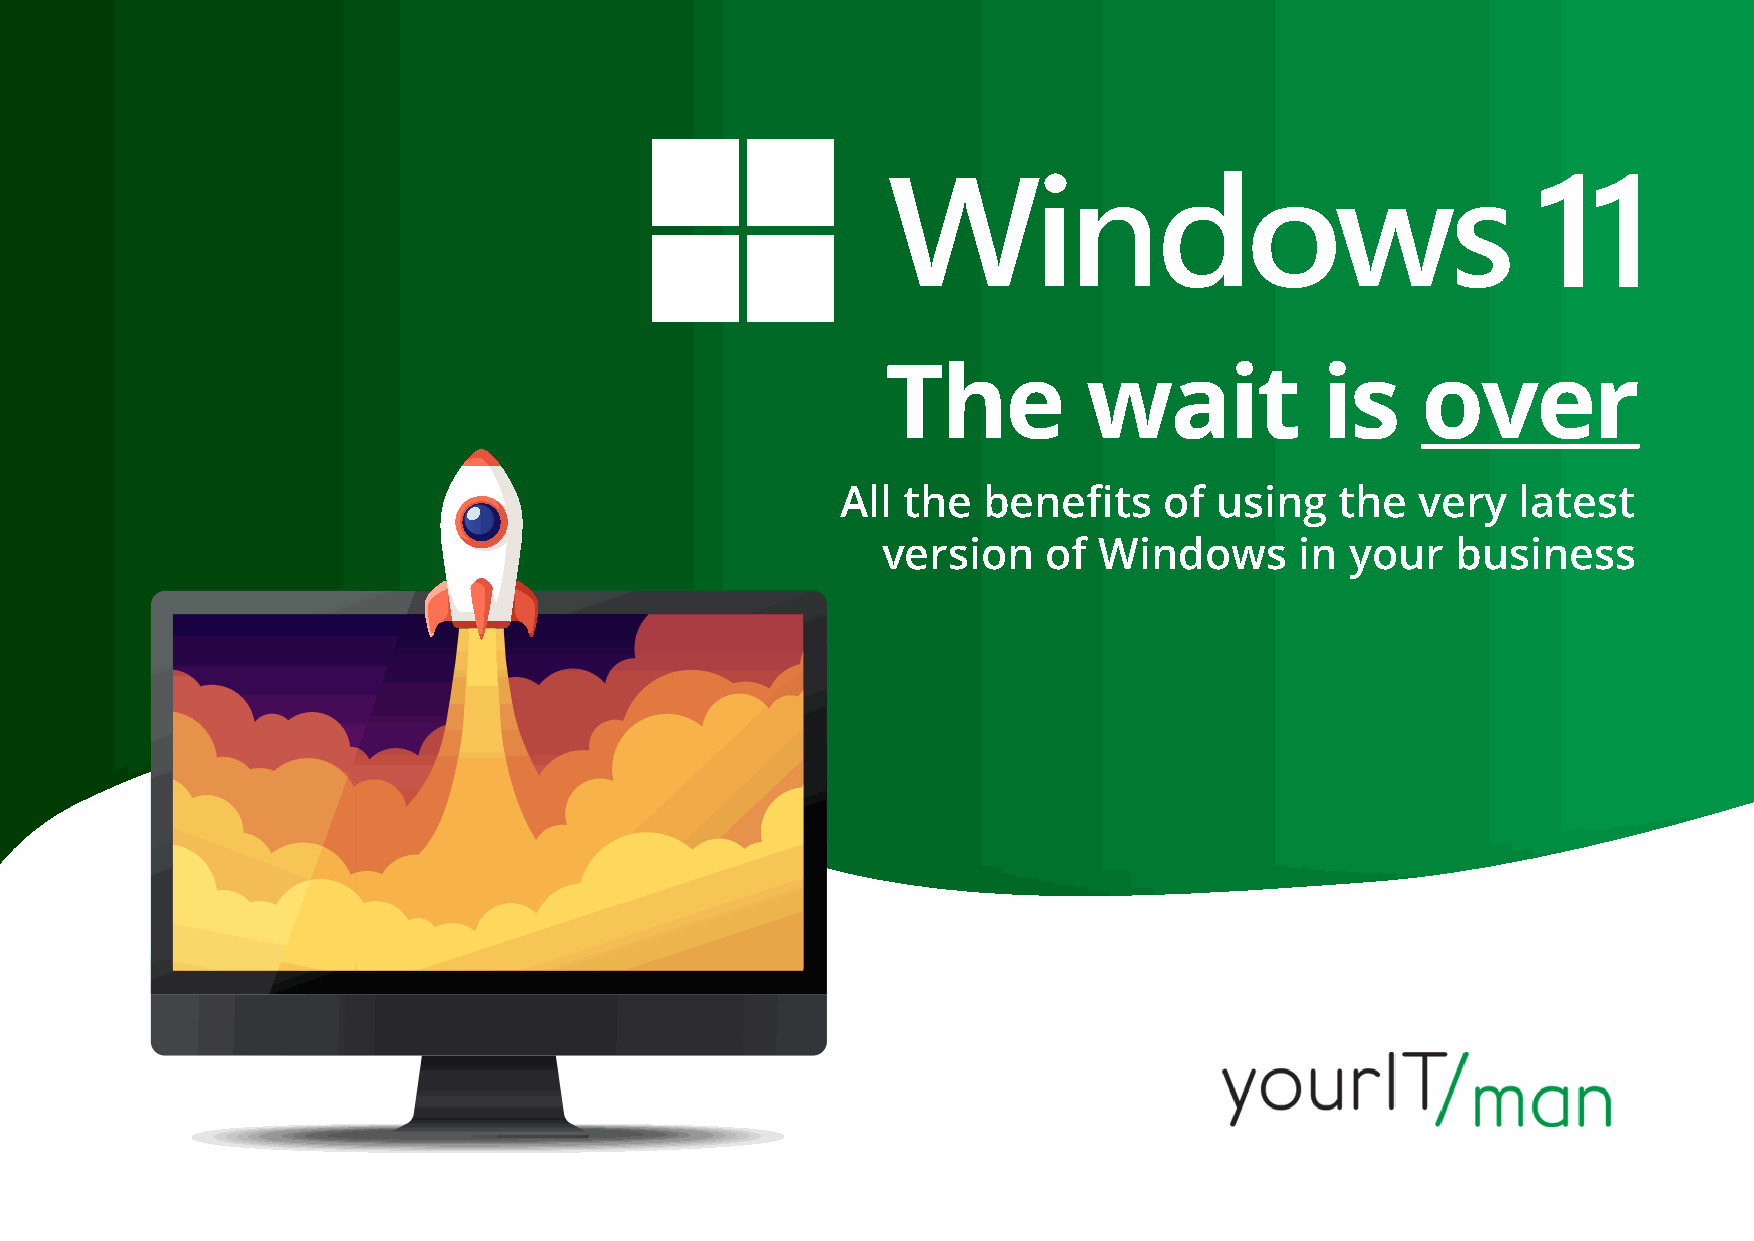
The          wait            is    over
 All the  benefits    of  using   the  very   latest
 version    of  Windows      in your   business